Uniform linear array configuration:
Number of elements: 4
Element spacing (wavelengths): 1
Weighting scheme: binomial
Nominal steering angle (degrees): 0
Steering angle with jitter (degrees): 1.626
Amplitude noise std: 0.05
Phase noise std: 0.05

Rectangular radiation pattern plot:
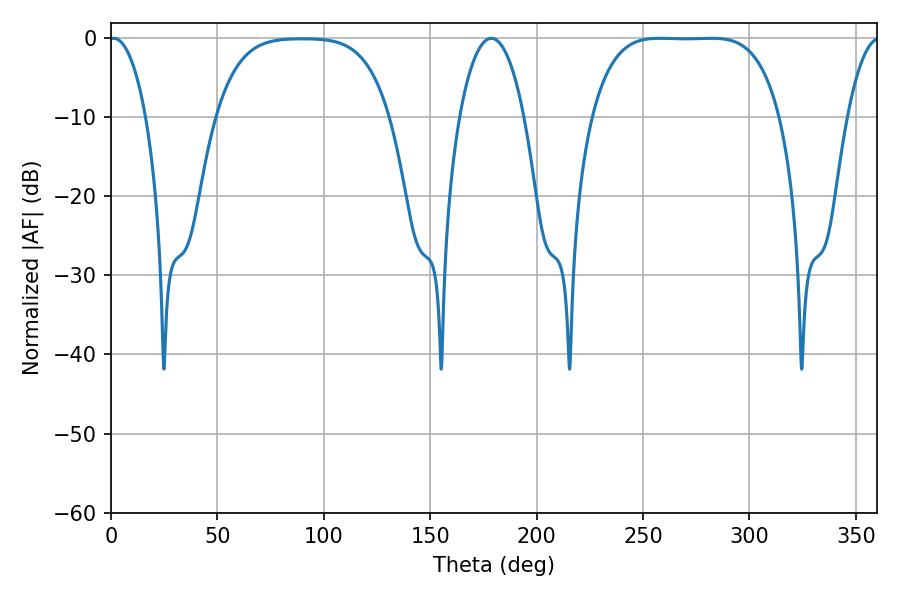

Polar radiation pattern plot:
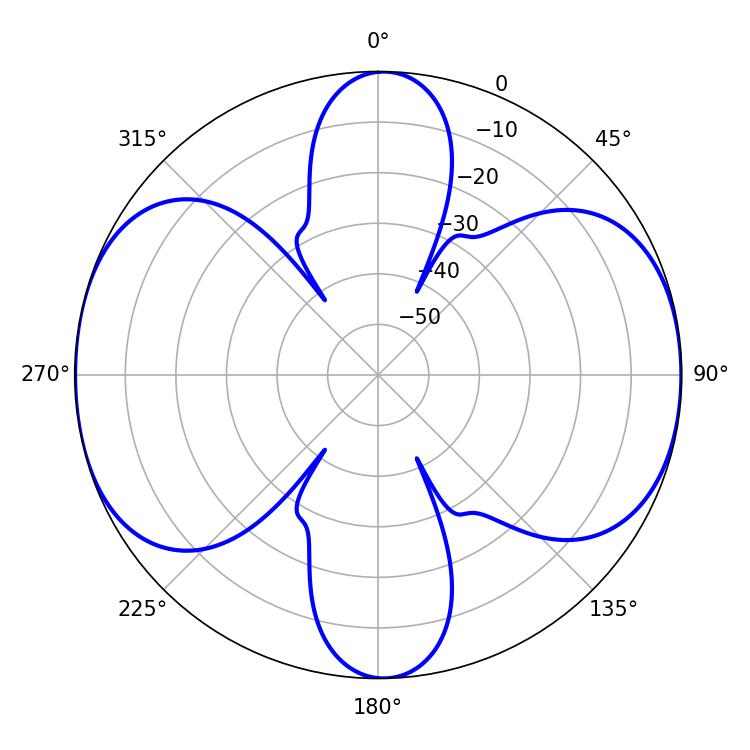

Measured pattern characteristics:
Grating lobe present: TRUE
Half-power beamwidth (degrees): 67.68
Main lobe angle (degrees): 257.94